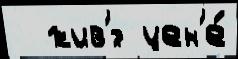
  жив'́т цен'е́